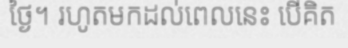
ថ្ងៃ។ រហូតមកដល់ពេលនេះ បើគិត